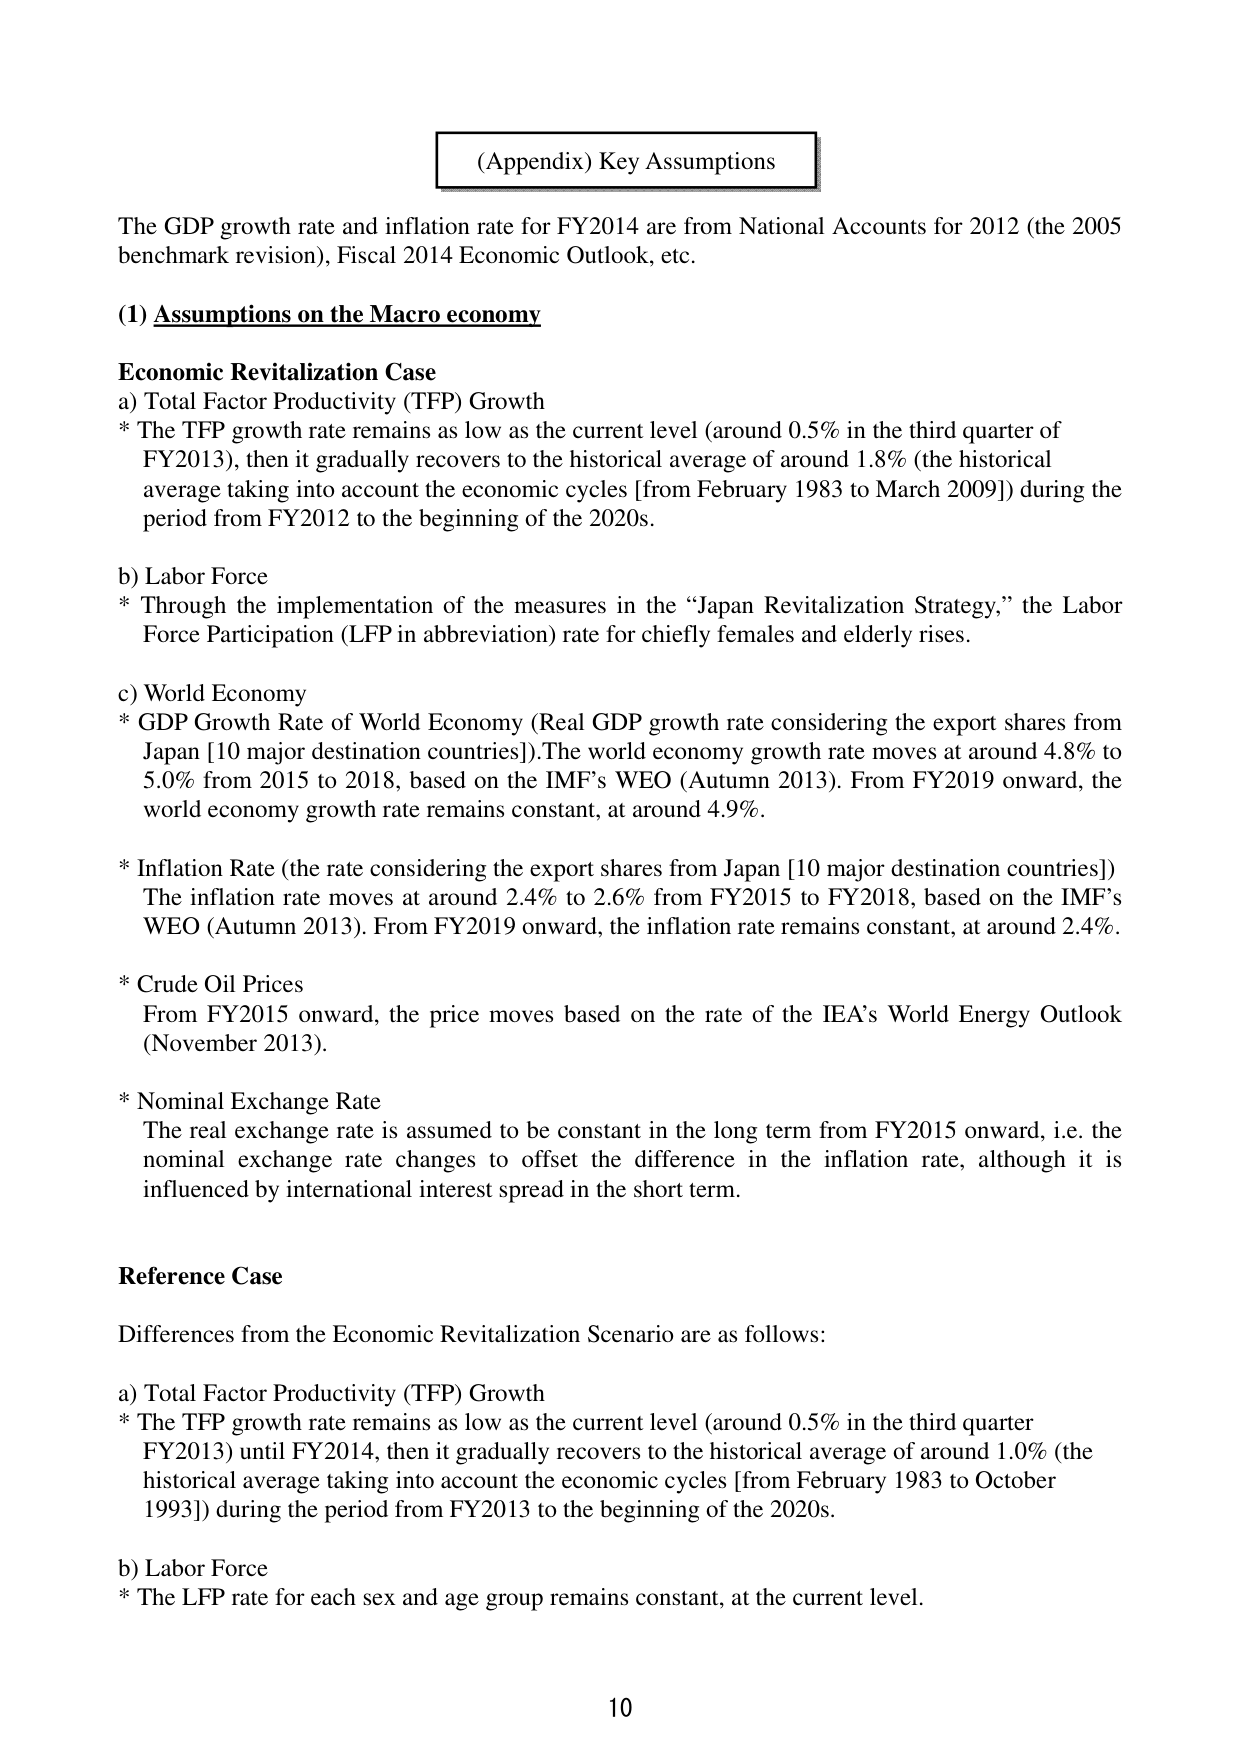
(Appendix) Key Assumptions

The GDP growth rate and inflation rate for FY2014 are from National Accounts for 2012 (the 2005 benchmark revision), Fiscal 2014 Economic Outlook, etc.

(1) Assumptions on the Macro economy

Economic Revitalization Case
a) Total Factor Productivity (TFP) Growth
* The TFP growth rate remains as low as the current level (around 0.5% in the third quarter of FY2013), then it gradually recovers to the historical average of around 1.8% (the historical average taking into account the economic cycles [from February 1983 to March 2009]) during the period from FY2012 to the beginning of the 2020s.

b) Labor Force
* Through the implementation of the measures in the “Japan Revitalization Strategy,” the Labor Force Participation (LFP in abbreviation) rate for chiefly females and elderly rises.

c) World Economy
* GDP Growth Rate of World Economy (Real GDP growth rate considering the export shares from Japan [10 major destination countries]). The world economy growth rate moves at around 4.8% to 5.0% from 2015 to 2018, based on the IMF’s WEO (Autumn 2013). From FY2019 onward, the world economy growth rate remains constant, at around 4.9%.

* Inflation Rate (the rate considering the export shares from Japan [10 major destination countries]) The inflation rate moves at around 2.4% to 2.6% from FY2015 to FY2018, based on the IMF’s WEO (Autumn 2013). From FY2019 onward, the inflation rate remains constant, at around 2.4%.

* Crude Oil Prices
From FY2015 onward, the price moves based on the rate of the IEA’s World Energy Outlook (November 2013).

* Nominal Exchange Rate
The real exchange rate is assumed to be constant in the long term from FY2015 onward, i.e. the nominal exchange rate changes to offset the difference in the inflation rate, although it is influenced by international interest spread in the short term.

Reference Case

Differences from the Economic Revitalization Scenario are as follows:

a) Total Factor Productivity (TFP) Growth
* The TFP growth rate remains as low as the current level (around 0.5% in the third quarter FY2013) until FY2014, then it gradually recovers to the historical average of around 1.0% (the historical average taking into account the economic cycles [from February 1983 to October 1993]) during the period from FY2013 to the beginning of the 2020s.

b) Labor Force
* The LFP rate for each sex and age group remains constant, at the current level.

10